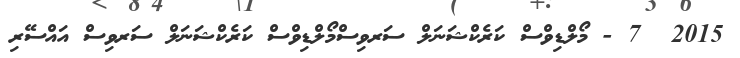
2015  7 - މޯލްޑިވްސް ކަރެކްޝަނަލް ސަރވިސްމޯލްޑިވްސް ކަރެކްޝަނަލް ސަރވިސް އައްސޭރި